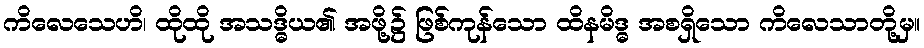
ကိလေသေဟိ၊ ထိုထို အသဒ္ဓိယ၏ အဖို့၌ ဖြစ်ကုန်သော ထိနမိဒ္ဓ အစရှိသော ကိလေသာတို့မှ။